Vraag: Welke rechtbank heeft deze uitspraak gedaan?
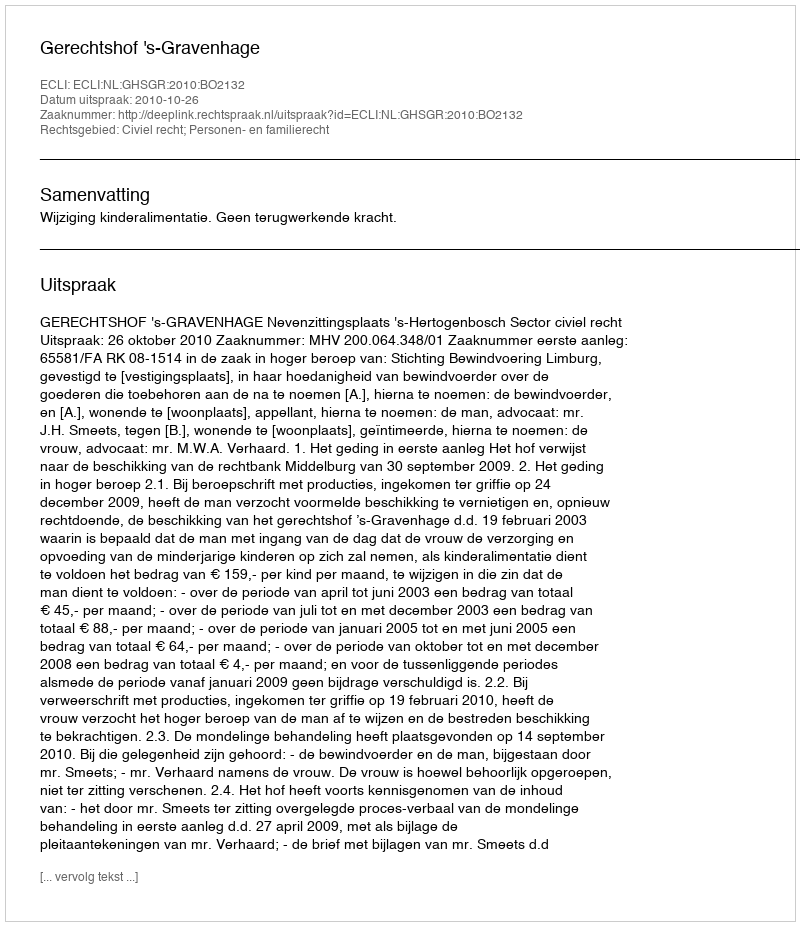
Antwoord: Gerechtshof 's-Gravenhage